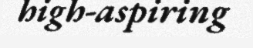
high-aspiring